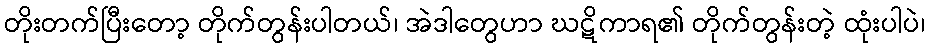
တိုးတက်ပြီးတော့ တိုက်တွန်းပါတယ်၊ အဲဒါတွေဟာ ဃဋိကာရ၏ တိုက်တွန်းတဲ့ ထုံးပါပဲ၊